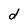
Character: d